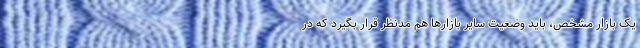
یک بازار مشخص، باید وضعیت سایر بازارها هم مدنظر قرار بگیرد که در